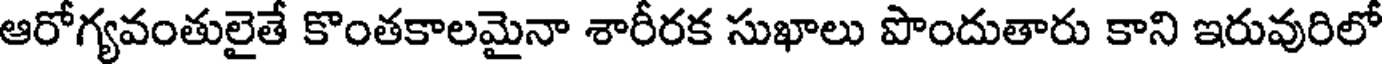
ఆరోగ్యవంతులైతే కొంతకాలమైనా శారీరక సుఖాలు పొందుతారు కాని ఇరువురిలో